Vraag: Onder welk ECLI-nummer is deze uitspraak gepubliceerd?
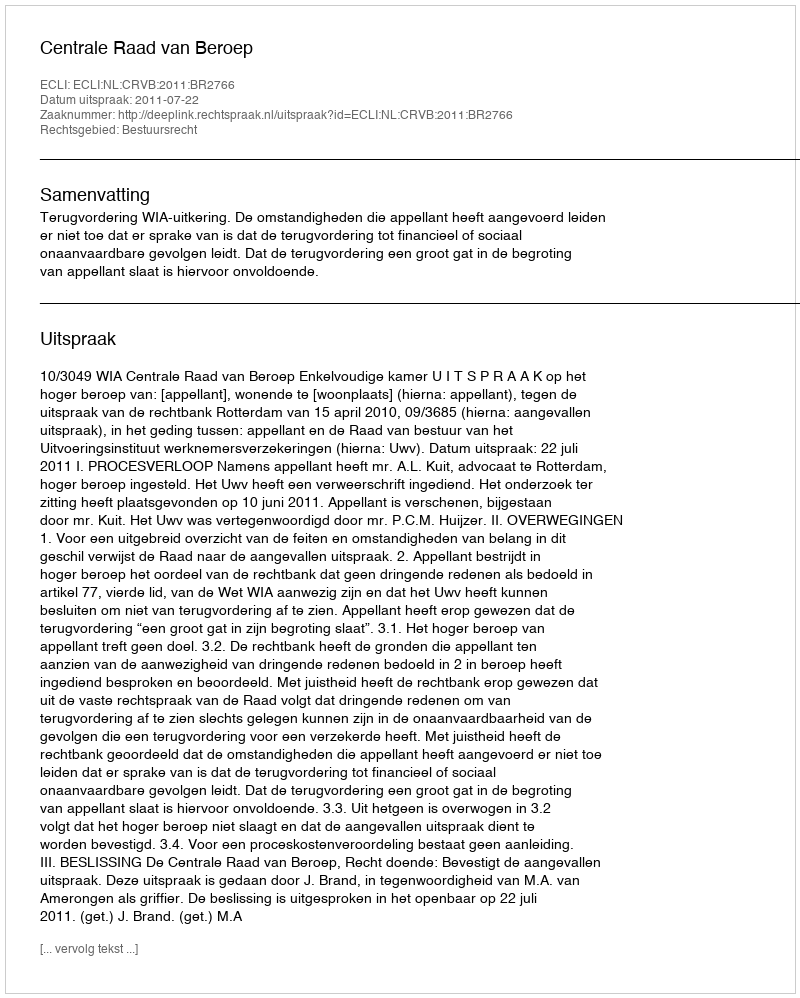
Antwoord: ECLI:NL:CRVB:2011:BR2766